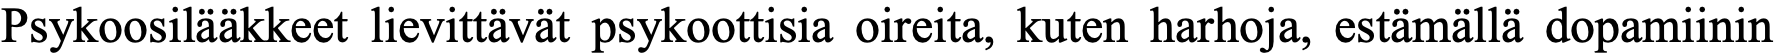
Psykoosilääkkeet lievittävät psykoottisia oireita, kuten harhoja, estämällä dopamiinin